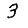
Digit: 3